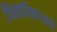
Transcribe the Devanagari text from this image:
जिल्हाधिकाऱ्याचे